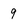
Character: 9